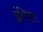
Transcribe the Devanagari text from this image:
इंगिता